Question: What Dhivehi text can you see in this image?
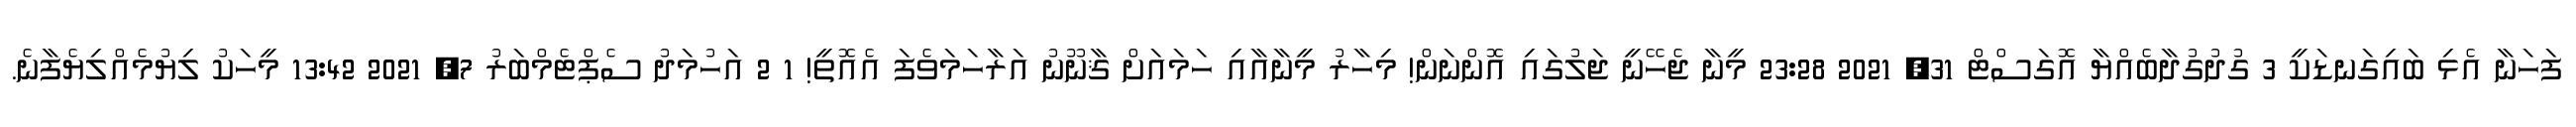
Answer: ފަހަނާ އެޅި ބައިގަނޑަކީ 3 ގުދުގުދާބެއްޔާ އޮގަސްޓް 31, 2021 23:28 މީނާ ޖެހޭނީ ޖަލުގައި އޮންނަން! މިހާރު މީނާއާއި ހަމައަށް ޤާނޫނު އަރާހަމަވެފަ އެއޮތީ! 1 2 އަހުމަދު ސެޕްޓެމްބަރު 7, 2021 13:42 މީހަކު ލިޔުމެއްލިޔެފާނެ.